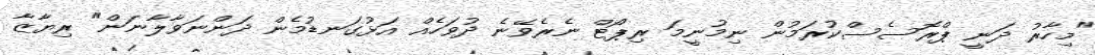
"މިހާރު ދަނީ ޕްރޮސެސްކުރަމުން ނިމުނީމަ ރިޕޯޓް ނެރެވޭނެ ދުވަހެއް އަޅުގަނޑުމެން ދަންނަވާލާނަން" ރިޔާޒާ